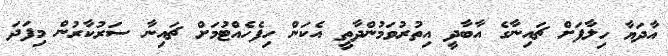
އާދަޔާ ހިލާފަށް ޗައިނާގެ އާބާދީ އިތުރުވަމުންދާތީ އެކަން ހިފެހެއްޓުމަށް ޗައިނާ ސަރުކާރުން މިފަދަ